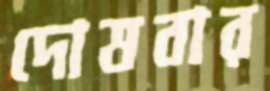
দোষবার